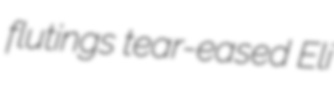
flutings tear-eased Eli